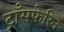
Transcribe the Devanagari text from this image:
ट्राँसफेरिन